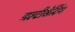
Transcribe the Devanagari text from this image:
मल्टीसेटिंग